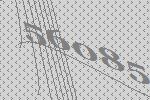
56085